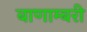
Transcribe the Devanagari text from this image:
बाणाम्बरी